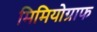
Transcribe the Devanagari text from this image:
मिमियोग्राफ